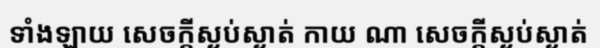
ទាំងឡាយ សេចក្តីស្ងប់ស្ងាត់ កាយ ណា សេចក្តីស្ងប់ស្ងាត់